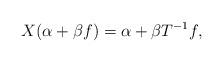
LaTeX: \begin{align*}X(\alpha + \beta f) = \alpha + \beta T^{-1}f,\end{align*}